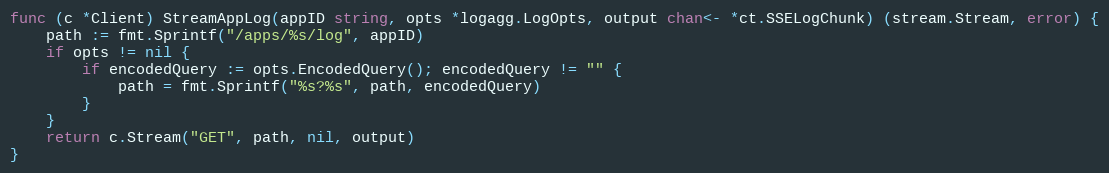
Language: Go
func (c *Client) StreamAppLog(appID string, opts *logagg.LogOpts, output chan<- *ct.SSELogChunk) (stream.Stream, error) {
	path := fmt.Sprintf("/apps/%s/log", appID)
	if opts != nil {
		if encodedQuery := opts.EncodedQuery(); encodedQuery != "" {
			path = fmt.Sprintf("%s?%s", path, encodedQuery)
		}
	}
	return c.Stream("GET", path, nil, output)
}